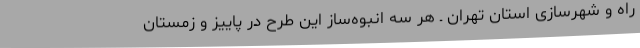
راه و شهرسازی استان تهران ـ هر سه انبوه‌ساز این طرح در پاییز و زمستان